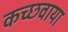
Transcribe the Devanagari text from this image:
कच्छवाया